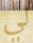
لي